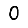
Digit: 0